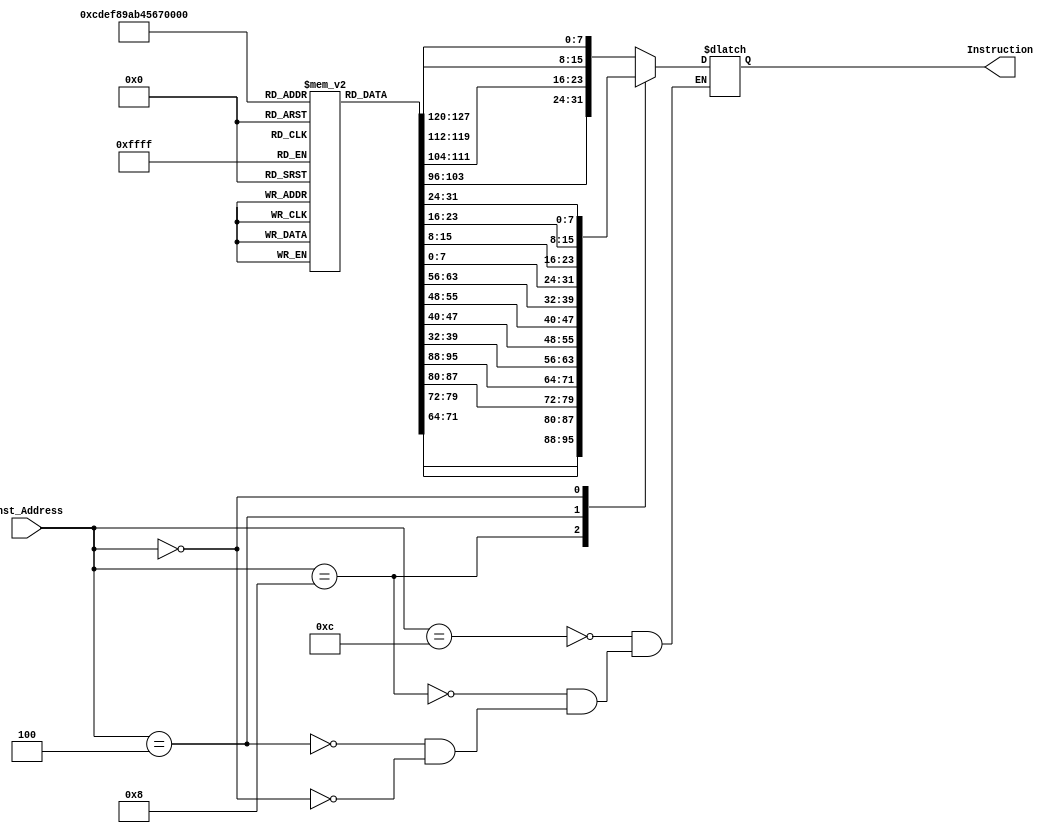
module Instruction_Memory
  (
  input [63:0] Inst_Address,
  output reg [31:0] Instruction
  );
  
  reg [7:0] mem [15:0]; 
  
  initial
  begin
    mem[0] = 8'b01010110;
    mem[1] = 8'b10010010;
    mem[2] = 8'b01110111;
    mem[3] = 8'b00011100;
    mem[4] = 8'b11010111;
    mem[5] = 8'b01010000;
    mem[6] = 8'b11111010;
    mem[7] = 8'b11111111;
    mem[8] = 8'b11000000;
    mem[9] = 8'b01111111;
    mem[10] = 8'b01010100;
    mem[11] = 8'b01010010;
    mem[12] = 8'b11000110;
    mem[13] = 8'b11000111;
    mem[14] = 8'b10101010;
    mem[15] = 8'b11011110;
  end

  always@(Inst_Address)
  begin
    case(Inst_Address)
    64'd12: Instruction = {mem[15], mem[14], mem[13], mem[12]};
    64'd8: Instruction = {mem[11], mem[10], mem[9], mem[8]};
    64'd4: Instruction = {mem[7], mem[6], mem[5], mem[4]};
    64'd0: Instruction = {mem[3], mem[2], mem[1], mem[0]};
    endcase
end
endmodule